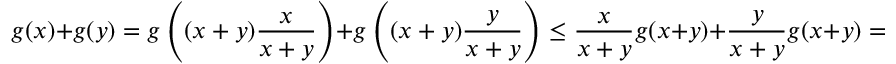
g ( x ) + g ( y ) = g \left( ( x + y ) \frac { x } { x + y } \right) + g \left( ( x + y ) \frac { y } { x + y } \right) \leq \frac { x } { x + y } g ( x + y ) + \frac { y } { x + y } g ( x + y ) = g ( x + y )